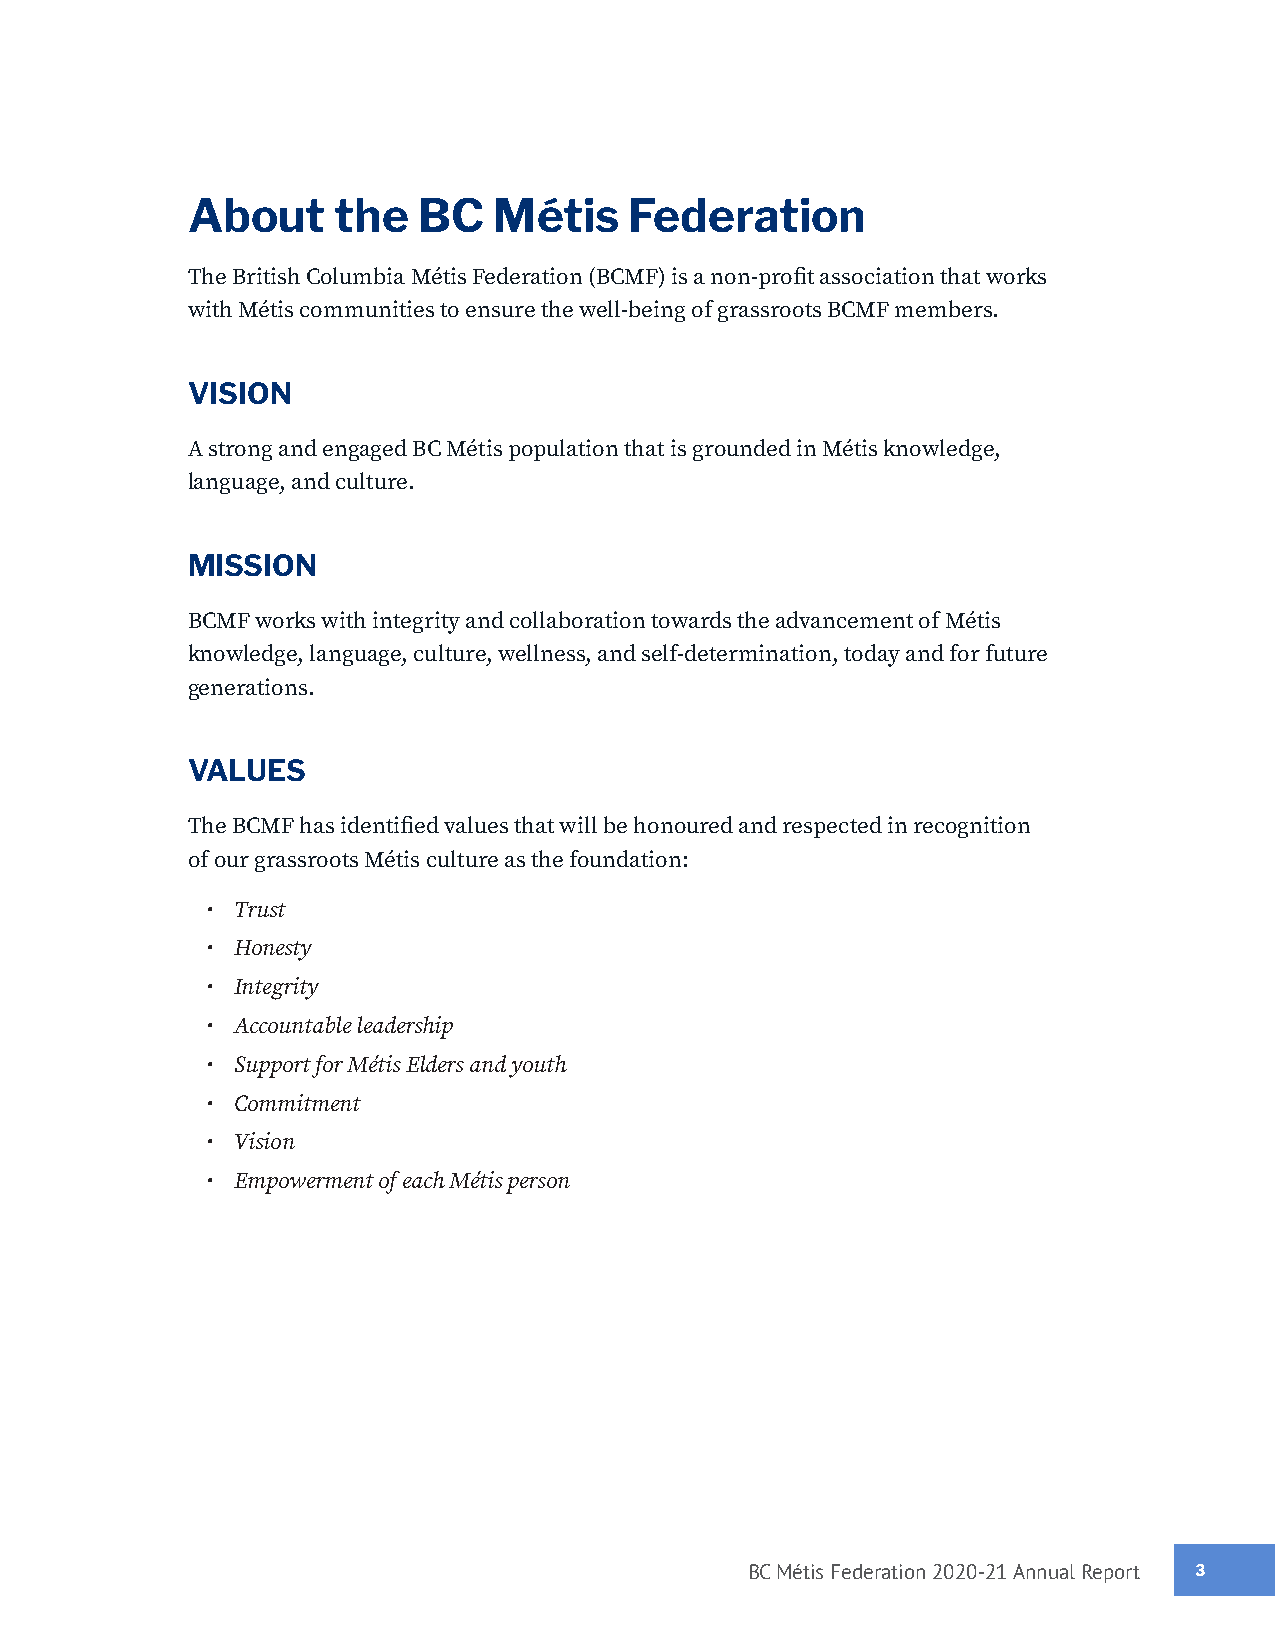
About     the   BC   Métis    Federation
 The British Columbia Métis Federation (BCMF) is a non-profit association that works
 with Métis communities to ensure the well-being of grassroots BCMF members.
 VISION
 A strong and engaged BC Métis population that is grounded in Métis knowledge,
 language, and culture.
 MISSION
 BCMF works with integrity and collaboration towards the advancement of Métis
 knowledge, language, culture, wellness, and self-determination, today and for future
 generations.
 VALUES
 The BCMF has identified values that will be honoured and respected in recognition
 of our grassroots Métis culture as the foundation:
 • Trust
 • Honesty
 • Integrity
 • Accountable leadership
 • Support for Métis Elders and youth
 • Commitment
 • Vision
 • Empowerment of each Métis person
 BC Métis Federation 2020-21 Annual Report 33